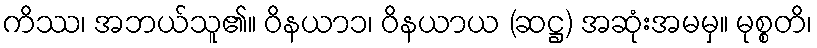
ကိဿ၊ အဘယ်သူ၏။ ဝိနယာ၁၊ ဝိနယာယ (ဆဋ္ဌ) အဆုံးအမမှ။ မုစ္စတိ၊